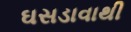
ઘસડાવાથી